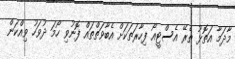
މާދަމާ އަތޮޅު ތެރޭ އެސްޓީއޯ ފިހާރަތަކަށް އެބާވަތްތައް ފޮނުވި ހޯމަ ދުވަހު ވިއްކަން